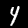
Digit: 4